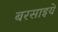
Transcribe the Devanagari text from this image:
बरसाइये